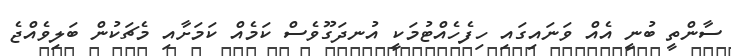
ސާންތީ ބުނީ އެއް ވަނައިގައި ހިފެހެއްޓުމަކީ އުނދަގޫވެސް ކަމެއް ކަމަށާއި މެޗަކުން ބަލިވެއްޖެ